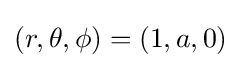
(r,\theta ,\phi )=(1,a,0)